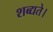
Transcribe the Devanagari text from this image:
शब्द्यते।